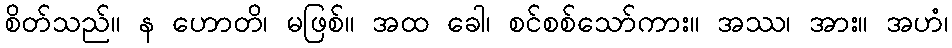
စိတ်သည်။ န ဟောတိ၊ မဖြစ်။ အထ ခေါ၊ စင်စစ်သော်ကား။ အဿ၊ အား။ အဟံ၊